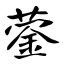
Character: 蓥